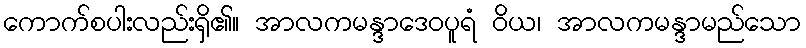
ကောက်စပါးလည်းရှိ၏။ အာလကမန္ဒာဒေဝပူရံ ဝိယ၊ အာလကမန္ဒာမည်သော